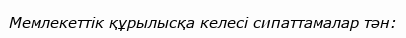
Мемлекеттік құрылысқа келесі сипаттамалар тән: